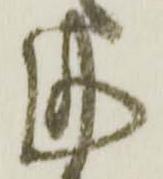
謹